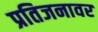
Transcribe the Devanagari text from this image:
प्रतिजनावर